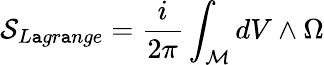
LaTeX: {\cal{S}}_{L\mathtt{a}gr\mathtt{a}nge}=\frac{{i}}{{2\pi}}\int_{\cal{M}}dV\wedge\Omega{}